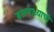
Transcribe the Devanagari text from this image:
बसणाऱ्याची